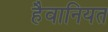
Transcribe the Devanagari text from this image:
हैवानियत